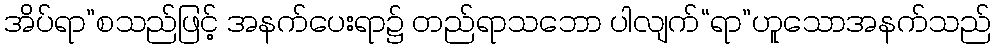
အိပ်ရာ”စသည်ဖြင့် အနက်ပေးရာ၌ တည်ရာသဘော ပါလျက်“ရာ”ဟူသောအနက်သည်